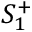
S _ { 1 } ^ { + }